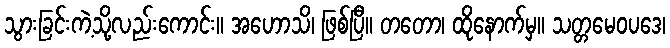
သွားခြင်းကဲ့သို့လည်းကောင်း။ အဟောသိ၊ ဖြစ်ပြီ။ တတော၊ ထိုနောက်မှ။ သတ္တမေဝပဒေ၊